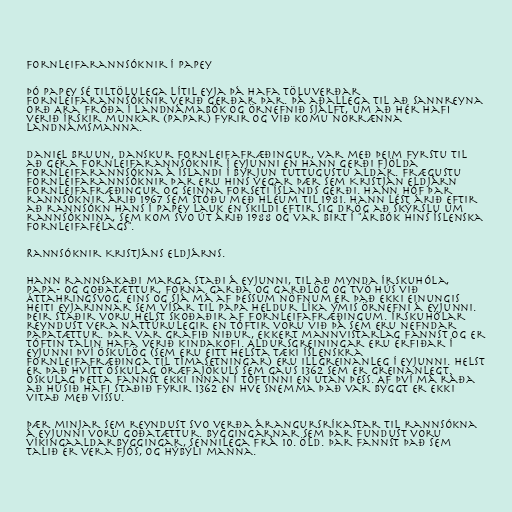
Fornleifarannsóknir í Papey

Þó Papey sé tiltölulega lítil eyja þá hafa töluverðar
fornleifarannsóknir verið gerðar þar. Þá aðallega til að sannreyna
orð Ara fróða í Landnámabók og örnefnið sjálft, um að hér hafi
verið írskir munkar (papar) fyrir og við komu norrænna
landnámsmanna.

Daniel Bruun, danskur fornleifafræðingur, var með þeim fyrstu til
að gera fornleifarannsóknir í eyjunni en hann gerði fjölda
fornleifarannsókna á Íslandi í byrjun tuttugustu aldar. Frægustu
fornleifarannsóknir þar eru hins vegar þær sem Kristján Eldjárn
fornleifafræðingur og seinna forseti Íslands gerði. Hann hóf þar
rannsóknir árið 1967 sem stóðu með hléum til 1981. Hann lést árið eftir
að rannsókn hans í Papey lauk en skildi eftir sig drög að skýrslu um
rannsóknina, sem kom svo út árið 1988 og var birt í "Árbók Hins íslenska
fornleifafélags".

Rannsóknir Kristjáns Eldjárns.

Hann rannsakaði marga staði á eyjunni, til að mynda Írskuhóla,
Papa- og Goðatættur, forna garða og garðlög og tvö hús við
Áttahringsvog. Eins og sjá má af þessum nöfnum er það ekki einungis
heiti eyjarinnar sem vísar til papa heldur líka ýmis örnefni á eyjunni.
Þeir staðir voru helst skoðaðir af fornleifafræðingum. Írskuhólar
reyndust vera náttúrulegir en tóftir voru við þá sem eru nefndar
Papatættur. Þar var grafið niður, ekkert mannvistarlag fannst og er
tóftin talin hafa verið kindakofi. Aldursgreiningar eru erfiðar í
eyjunni því öskulög (sem eru eitt helsta tæki íslenskra
fornleifafræðinga til tímasetningar) eru illgreinanleg í eyjunni. Helst
er það hvítt öskulag Öræfajökuls sem gaus 1362 sem er greinanlegt.
Öskulag þetta fannst ekki innan í tóftinni en utan þess. Af því má ráða
að húsið hafi staðið fyrir 1362 en hve snemma það var byggt er ekki
vitað með vissu.

Þær minjar sem reyndust svo verða árangursríkastar til rannsókna
á eyjunni voru Goðatættur. Byggingarnar sem þar fundust voru
víkingaaldarbyggingar, sennilega frá 10. öld. Þar fannst það sem
talið er vera fjós, og hýbýli manna.